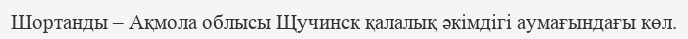
Шортанды – Ақмола облысы Щучинск қалалық әкімдігі аумағындағы көл.